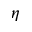
\eta